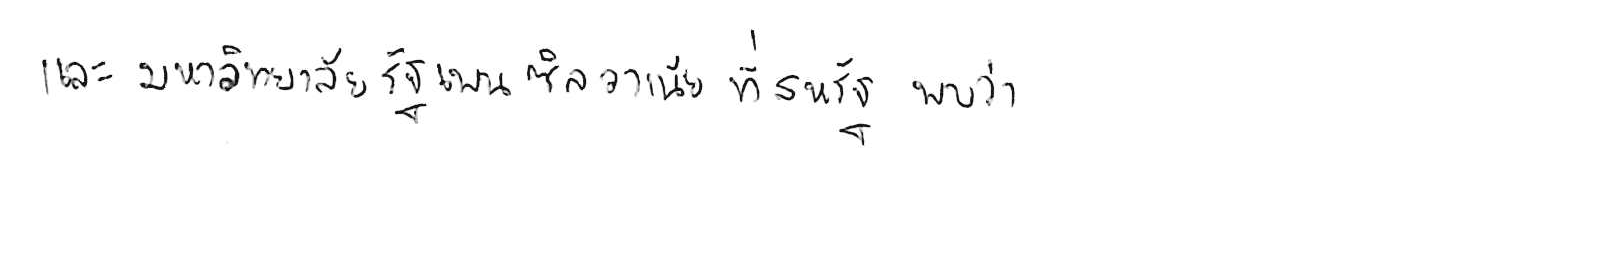
และมหาวิทยาลัยรัฐเพนซิลวาเนีย ที่สหรัฐ พบว่า